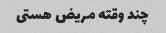
چند وقته مریض هستی